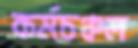
কর্মচঞ্চল